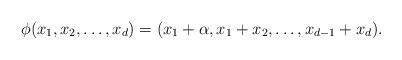
LaTeX: \begin{align*} \phi(x_1,x_2,\ldots, x_d)=(x_1+\alpha, x_1+x_2,\ldots, x_{d-1}+x_d). \end{align*}